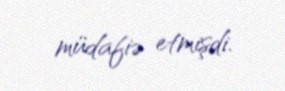
müdafiə etmişdi.